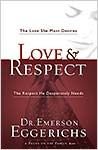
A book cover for Love & Respect with Bonus Seminar DVD: The Love She Most Desires; The Respect He Desperately Needs; Emerson Eggerichs; Christian Books & Bibles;